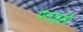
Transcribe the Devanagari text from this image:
पतञ्जली